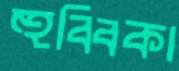
হুব্বিকা